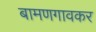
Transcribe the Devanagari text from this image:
बामणगावकर